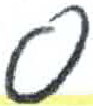
אות: ס